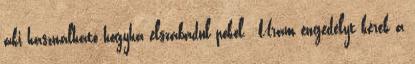
aki használható hogyha elszabadul pokol. -Uram engedélyt kérek a